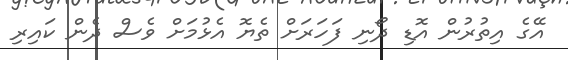
އޭގެ އިތުރުން އޮޑި ދޯނި ފަހަރަށް ތެޔޮ އެޅުމަށް ވެސް ދެން ކައިރި